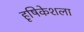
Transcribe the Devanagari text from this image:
हृषिकेशला